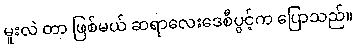
မူးလဲ တာ ဖြစ်မယ် ဆရာလေးဒေစီပွင့်က ပြောသည်။